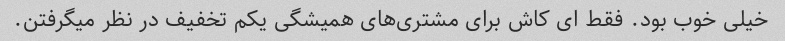
خیلی خوب بود. فقط ای کاش برای مشتری‌های همیشگی یکم تخفیف در نظر میگرفتن.